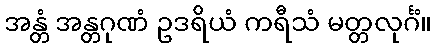
အန္တံ အန္တဂုဏံ ဥဒရိယံ ကရီသံ မတ္တလုင်္ဂံ။